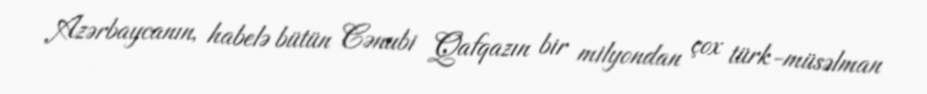
Azərbaycanın, habelə bütün Cənubi Qafqazın bir milyondan çox türk-müsəlman